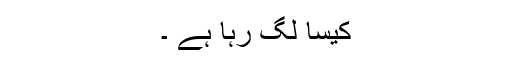
کیسا لگ رہا ہے ۔